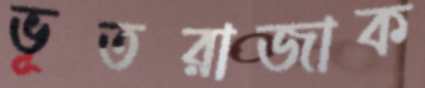
ভূতরাজাক